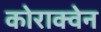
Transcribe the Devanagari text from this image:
कोराक्वेन